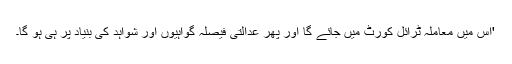
'اس میں معاملہ ٹرائل کورٹ میں جائے گا اور پھر عدالتی فیصلہ گواہیوں اور شواہد کی بنیاد پر ہی ہو گا۔